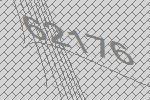
62176